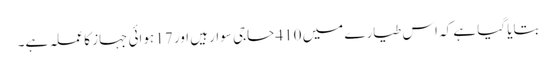
بتایا گیا ہے کہ اس طیارے میں 410 حاجی سوار ہیں اور 17 ہوائی جہاز کا عملہ ہے۔